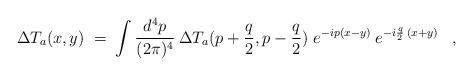
LaTeX: \begin{align*}\Delta T_a(x,y) \;=\; \int \frac{d^4p}{(2 \pi)^4} \: \Delta T_a(p+\frac{q}{2}, p-\frac{q}{2}) \; e^{-ip(x-y)} \: e^{-i \frac{q}{2} \:(x+y)} \;\;\; , \end{align*}